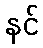
နင်